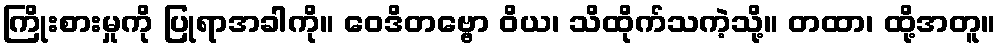
ကြိုးစားမှုကို ပြုရာအခါကို။ ဝေဒိတဗ္ဗော ဝိယ၊ သိထိုက်သကဲ့သို့။ တထာ၊ ထို့အတူ။